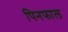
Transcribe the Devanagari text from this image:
पिनफाल